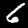
Label: 6